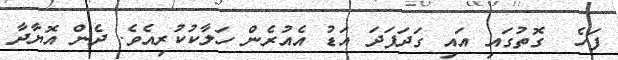
ފަހެ  ގޮތުގައި އައި ގަދަފަދަ އަޑު އެއުރެން ހަލާކުކުރިއެވެ. ދެން އޮޔާދާ